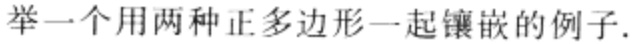
举一个用两种正多边形一起镶嵌的例子.